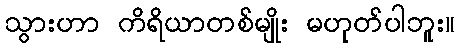
သွားဟာ ကိရိယာတစ်မျိုး မဟုတ်ပါဘူး။